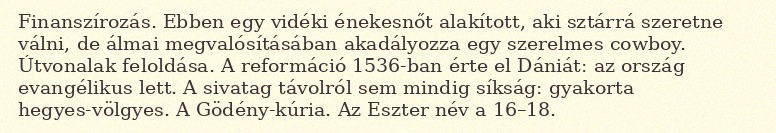
Finanszírozás. Ebben egy vidéki énekesnőt alakított, aki sztárrá szeretne válni, de álmai megvalósításában akadályozza egy szerelmes cowboy. Útvonalak feloldása. A reformáció 1536-ban érte el Dániát: az ország evangélikus lett. A sivatag távolról sem mindig síkság: gyakorta hegyes-völgyes. A Gödény-kúria. Az Eszter név a 16–18.